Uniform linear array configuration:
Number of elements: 24
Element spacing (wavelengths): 0.75
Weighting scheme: hann
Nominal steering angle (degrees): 60
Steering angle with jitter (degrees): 61.055
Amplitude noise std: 0.05
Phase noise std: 0.05

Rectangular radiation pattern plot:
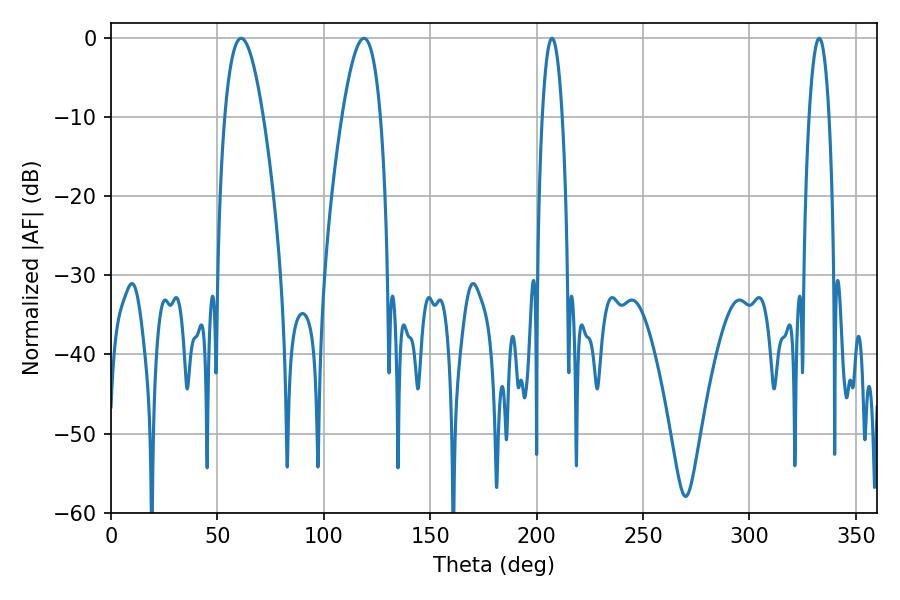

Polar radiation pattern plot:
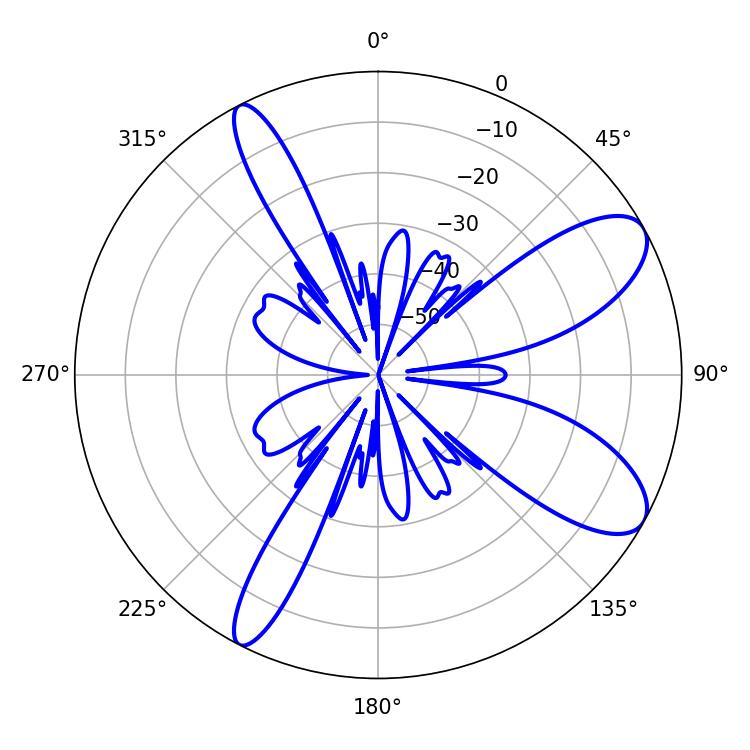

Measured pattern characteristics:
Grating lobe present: TRUE
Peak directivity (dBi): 9.252
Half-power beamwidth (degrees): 9.72
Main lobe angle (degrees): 61.2